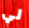
لي